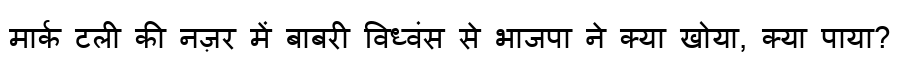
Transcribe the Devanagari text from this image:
मार्क टली की नज़र में बाबरी विध्वंस से भाजपा ने क्या खोया, क्या पाया?